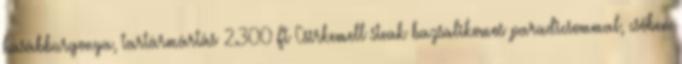
hasábburgonya, tartármártás 2.300 Ft Csirkemell steak bazsalikomos paradicsommal, csőben